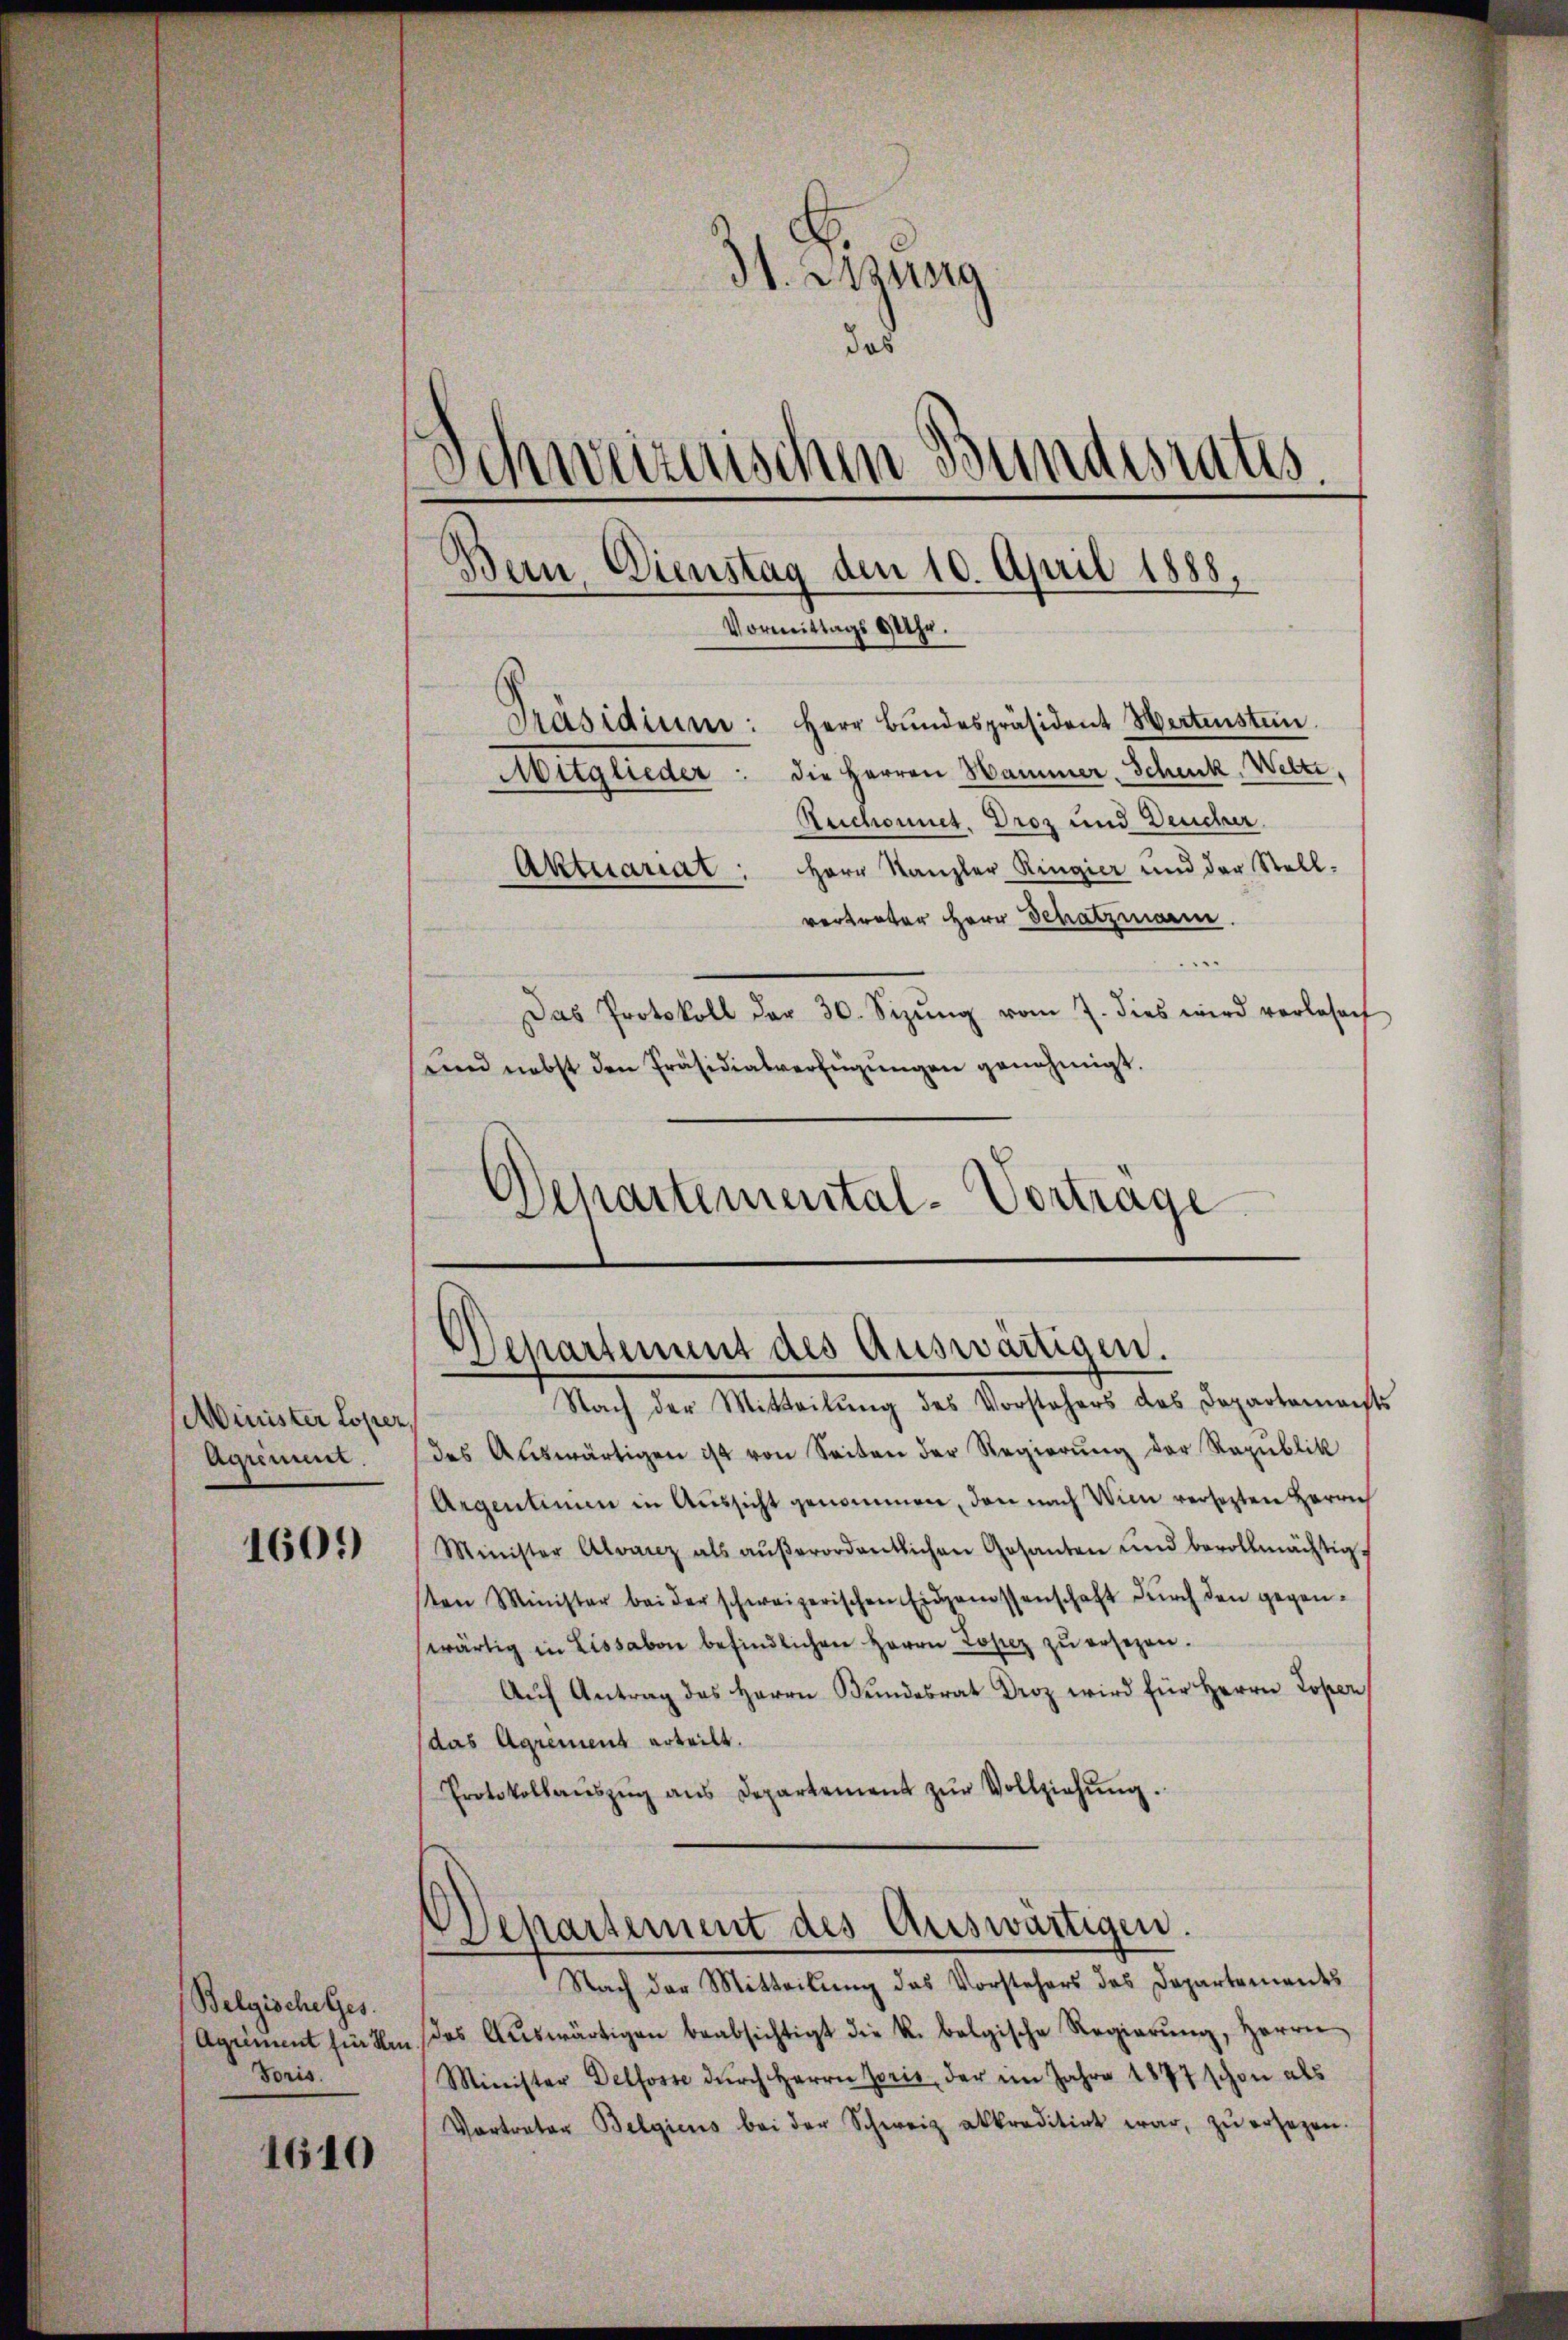
Minister Loper,
Agrement.

1601)

1610

31. Sitzung
da
Schweizerischen Bundesrates.
Bern, Dienstag den 10. April 1888,
Vormittags 9 Uhr.
Herr Bundespräsident Wertenstein.
Präsidium:
Mitglieder: die Herren Hammer-Schenk, Welti,
Reichonnet. Droz und Deucher
Aktuariat: Herr Kanzler Ringier und der Stell-
vertreter Herr Schatzmann

Belgische Ges.
(Agument für Hrn
Foris.

Das Protokoll der 30. Seizŭng vom 7. dies wird vorlesen
und nebst den Präsidialverfügŭngen genehmigt.
Separtemental-Vortrage

Departement des Auswärtigen.
Nach der Mitteilung des Vorstehers des Departements

des Auswärtigen ist von Seiten der Regierung der Republik
Argentinum in Aŭssicht genommen, den nach Wien versetzten Herrich
Minister Alvanz als aŭβerordentlichen Gesanten und bevollmächtig
en Minister bei der schweizerischen Eidgenossenschaft durch den gegenwärtig in Lissabon befindlichen Herrn Losez zŭ ersezen.
Aŭf Antrag des Herrn Bŭndesrat Droz wird für Herrn Poper
(das Agrement erteilt.
Protokollaŭszŭg ans Departement zŭr Vollziehŭng.

Departement des Auswärtigen.

Nach der Mitteilung des Vorstehers des Departements
das Aŭswärtigen beabsichtigt die k. belgische Regierŭng, Herrn
Minister Delfosse dŭrch Herrn Zoris, der im Jahre 1877 schon als
Vortraten Belgiens bei der Schweiz akkreditirt war, zŭ ersezen.